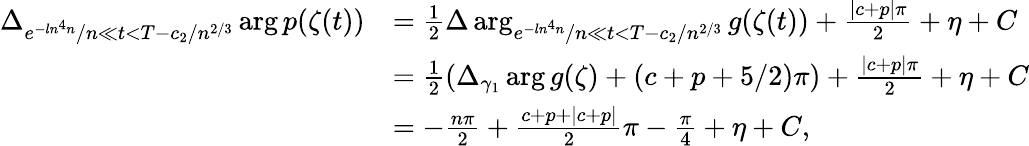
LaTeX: \begin{array}{rl}{\Delta_{e^{-ln^{4}n}/n\ll t<T-c_{2}/n^{2/3}}\arg p(\zeta(t))}&{=\frac{1}{2}\Delta\arg_{e^{-ln^{4}n}/n\ll t<T-c_{2}/n^{2/3}}g(\zeta(t))+\frac{|c+p|\pi}{2}+\eta+C}\\ &{=\frac{1}{2}\left(\Delta_{\gamma_{1}}\arg g(\zeta)+(c+p+5/2)\pi\right)+\frac{|c+p|\pi}{2}+\eta+C}\\ &{=-\frac{n\pi}{2}+\frac{c+p+|c+p|}{2}\pi-\frac{\pi}{4}+\eta+C,}\end{array}